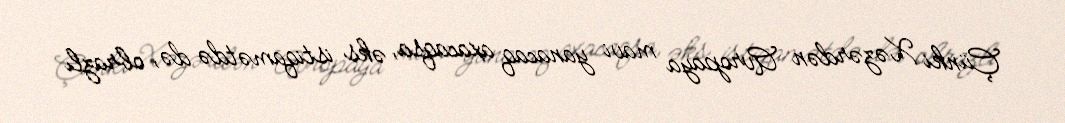
Çünki Xəzərdən Avropaya mavi yanacaq axacaqsa, əks istiqamətdə də, obrazlı